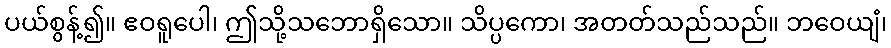
ပယ်စွန့်၍။ ဧဝရူပေါ၊ ဤသို့သဘောရှိသော။ သိပ္ပကော၊ အတတ်သည်သည်။ ဘဝေယျံ၊